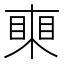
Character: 𥈸